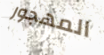
المهجور